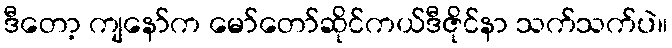
ဒီတော့ ကျနော်က မော်တော်ဆိုင်ကယ်ဒီဇိုင်နာ သက်သက်ပဲ။